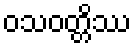
ဝသဝတ္တိဿ